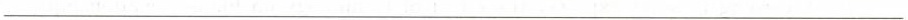
___